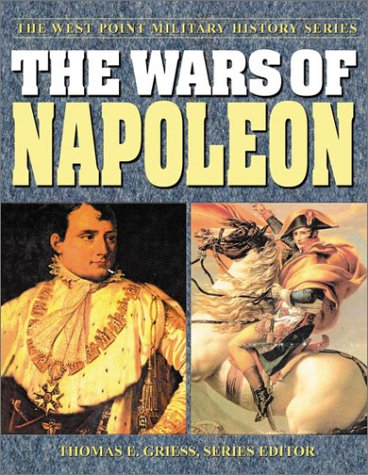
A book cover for The Wars of Napoleon (The West Point Military History Series); History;